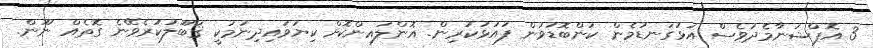
3 އޮޕްޝަނާމެދުވެސް އަޅުގަނޑުމެން ކަންބޮޑުވުން ފައުޅުކުރިން. އޮންލައިންކޮށް ކިޔަވައިދިނުމަކީ ޤަބޫލުކުރެވޭނެ ގޮތެއް ނޫން.